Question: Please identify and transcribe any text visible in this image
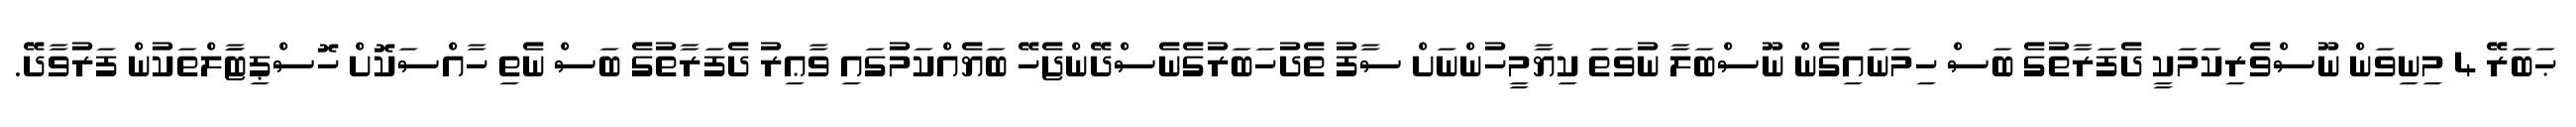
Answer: ޙަބަރޭ 4 މިނިވަން ނޫސްވެރިކަމަކީ ދެފަރާތުގެ ބަސް ހިމަނައިގެން ނޫސްބަލާ ނުވަތަ ކިޔާމީހުންނަށް ސާފު ތެދުހަބަރުގެނެސްދޭންޖެހޭ ބަޔެއްކަމުގައި ވާޢިރު ދެފަރާތުގެ ބަސް ނެތި ހާއްސަކޮށް ހޮސްޕިޓާަލްތަކުން ފަރުވާދޭ.